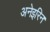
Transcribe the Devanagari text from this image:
अनेइरिन